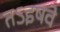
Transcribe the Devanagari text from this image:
तऽइषवे